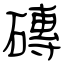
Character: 磚